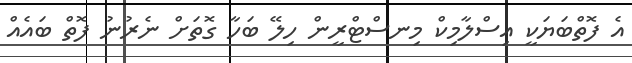
އެ ފޮތްބަޔަކީ އިސްލާމިކް މިނސްޓްރީން ހިލޭ ބަހާ ގޮތަށް ނެރުނު ފޮތް ބައެއް